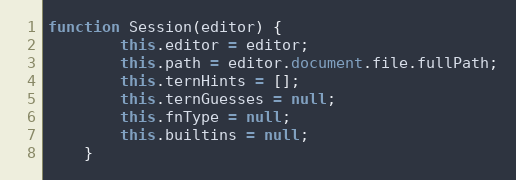
Language: JavaScript
function Session(editor) {
        this.editor = editor;
        this.path = editor.document.file.fullPath;
        this.ternHints = [];
        this.ternGuesses = null;
        this.fnType = null;
        this.builtins = null;
    }